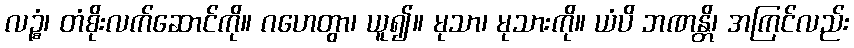
လဉ္စံ၊ တံစိုးလက်ဆောင်ကို။ ဂဟေတွာ၊ ယူ၍။ မုသာ၊ မုသားကို။ ယံပိ ဘဏန္တိ၊ အကြင်လည်း